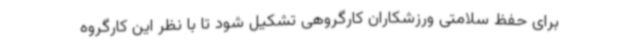
برای حفظ سلامتی ورزشکاران کارگروهی تشکیل شود تا با نظر این کارگروه